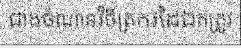
ជាងចំណានវិចិត្រករដៃឯកត្រូវ